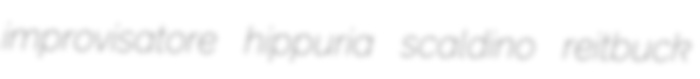
improvisatore hippuria scaldino reitbuck